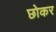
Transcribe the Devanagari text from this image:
छोकर